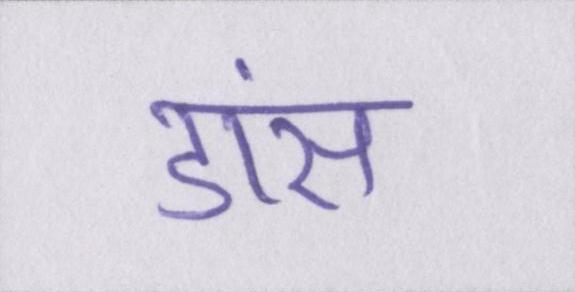
डांस